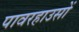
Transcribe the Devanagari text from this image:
पावरहाउसों